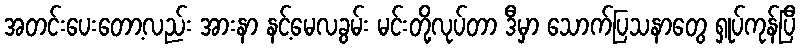
အတင်းပေးတော့လည်း အားနာ နင့်မေလခွမ်း မင်းတို့လုပ်တာ ဒီမှာ သောက်ပြသနာတွေ ရှုပ်ကုန်ပြီ